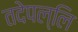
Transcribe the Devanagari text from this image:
तदेपल्लि